Indian journal of veterinary science and animal husbandry - Volume 9,
Year: 1939
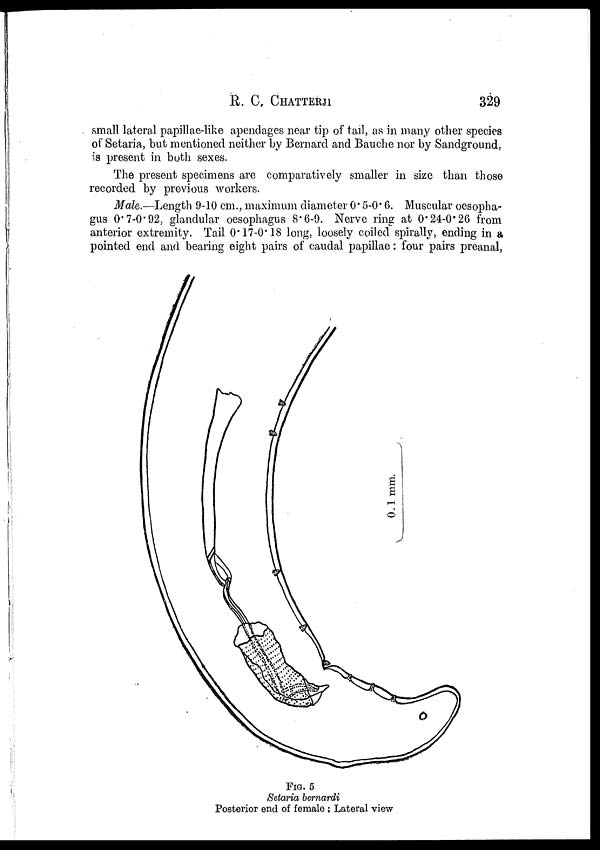
R.
C.
CHATTERJI
329
small lateral papillae-like apendages near tip of tail, as in many other species
of Setaria, but mentioned neither by Bernard and Bauche nor by Sandground,
is present in both sexes.
The present specimens are comparatively smaller in size than those
recorded by previous workers.
Male.—Length 9-10 cm., maximum diameter 0.5-0.6. Muscular oesopha-
gus 0.7-0.92, glandular oesophagus 8.6-9. Nerve ring at 0.24-0.26 from
anterior extremity. Tail 0.17-0.18 long, loosely coiled spirally, ending in a
pointed end and bearing eight pairs of caudal papillae: four pairs preanal,
FIG. 5
Setaria bernardi
Posterior end of female ; Lateral view